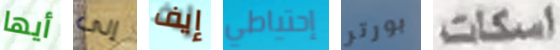
أيها إلى إيف إحتياطي بورتر اسكات